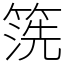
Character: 箲